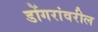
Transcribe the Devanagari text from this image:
डोंगरांवरील